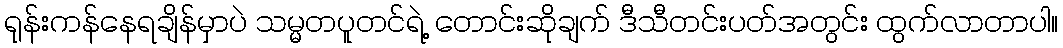
ရုန်းကန်နေရချိန်မှာပဲ သမ္မတပူတင်ရဲ့ တောင်းဆိုချက် ဒီသီတင်းပတ်အတွင်း ထွက်လာတာပါ။